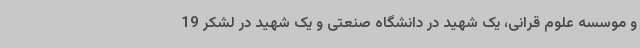
و موسسه علوم قرانی، یک شهید در دانشگاه صنعتی و یک شهید در لشکر 19